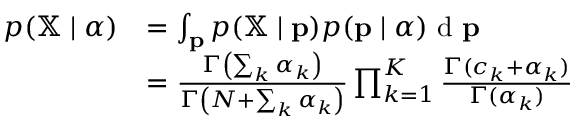
{ \begin{array} { r l } { p ( \mathbb { X } \mid { \boldsymbol { \alpha } } ) } & { = \int _ { \mathbf { p } } p ( \mathbb { X } \mid \mathbf { p } ) p ( \mathbf { p } \mid { \boldsymbol { \alpha } } ) { \textrm { d } } \mathbf { p } } \\ & { = { \frac { \Gamma \left( \sum _ { k } \alpha _ { k } \right) } { \Gamma \left( N + \sum _ { k } \alpha _ { k } \right) } } \prod _ { k = 1 } ^ { K } { \frac { \Gamma ( c _ { k } + \alpha _ { k } ) } { \Gamma ( \alpha _ { k } ) } } } \end{array} }